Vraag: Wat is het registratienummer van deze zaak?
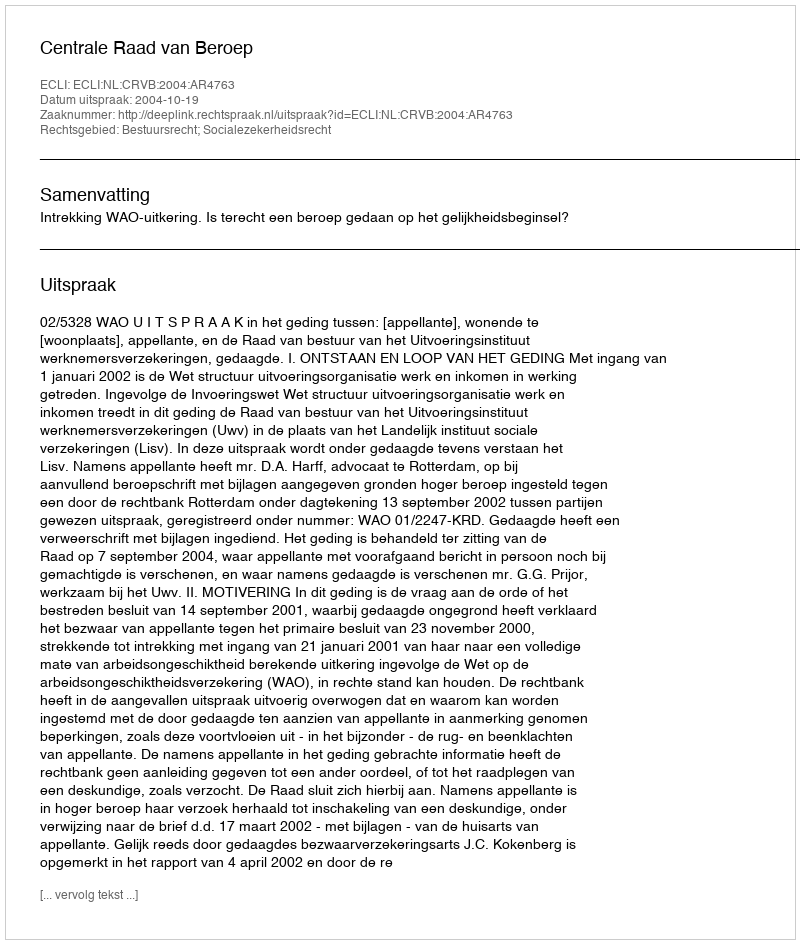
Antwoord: http://deeplink.rechtspraak.nl/uitspraak?id=ECLI:NL:CRVB:2004:AR4763